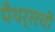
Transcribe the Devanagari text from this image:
पँथर्सची